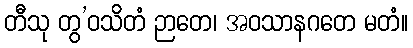
တီသု တွ’ဝသိတံ ဉာတေ၊ အဝသာနဂတေ မတံ။